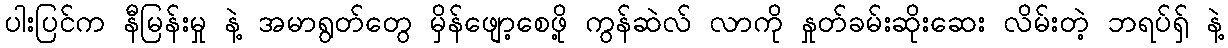
ပါးပြင်က နီမြန်းမှု နဲ့ အမာရွတ်တွေ မှိန်ဖျော့စေဖို့ ကွန်ဆဲလ် လာကို နှုတ်ခမ်းဆိုးဆေး လိမ်းတဲ့ ဘရပ်ရှ် နဲ့